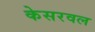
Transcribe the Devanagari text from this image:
केसरवल